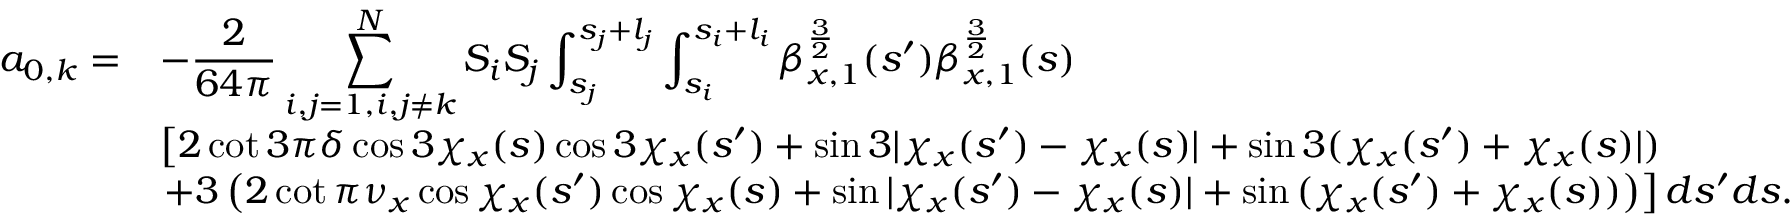
\begin{array} { c l } { \displaystyle a _ { 0 , k } = } & { \displaystyle - \frac { 2 } { 6 4 \pi } \sum _ { i , j = 1 , i , j \neq k } ^ { N } { S _ { i } S _ { j } \int _ { s _ { j } } ^ { s _ { j } + l _ { j } } { \int _ { s _ { i } } ^ { s _ { i } + l _ { i } } { \beta _ { x , 1 } ^ { \frac { 3 } { 2 } } ( s ^ { \prime } ) \beta _ { x , 1 } ^ { \frac { 3 } { 2 } } ( s ) } } } } \\ & { \displaystyle \left[ 2 \cot { 3 \pi \delta } \cos { 3 \chi _ { x } ( s ) } \cos { 3 \chi _ { x } ( s ^ { \prime } ) } + \sin { 3 | \chi _ { x } ( s ^ { \prime } ) - \chi _ { x } ( s ) | } + \sin { 3 ( \chi _ { x } ( s ^ { \prime } ) + \chi _ { x } ( s ) | ) } \right. } \\ & { \displaystyle \left. + 3 \left( 2 \cot { \pi \nu _ { x } } \cos { \chi _ { x } ( s ^ { \prime } ) } \cos { \chi _ { x } ( s ) } + \sin { | \chi _ { x } ( s ^ { \prime } ) - \chi _ { x } ( s ) | } + \sin { ( \chi _ { x } ( s ^ { \prime } ) + \chi _ { x } ( s ) ) } \right) \right] d s ^ { \prime } d s . } \end{array}